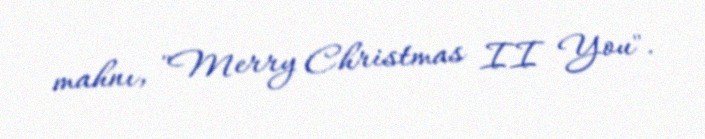
mahnı, "Merry Christmas II You".